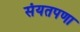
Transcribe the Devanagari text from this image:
संयतपणा